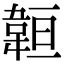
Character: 𩎨